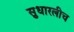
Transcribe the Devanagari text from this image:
सुधारलीच